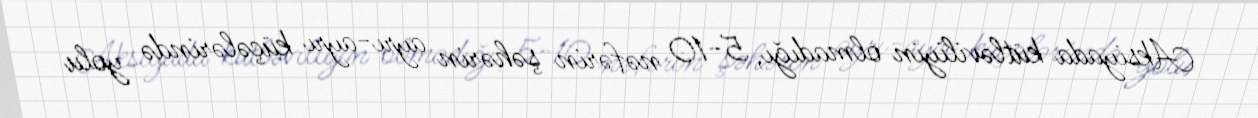
Aksiyada kütləviliyin olmadığı, 5-10 nəfərin şəhərin ayrı-ayrı küçələrində yolu